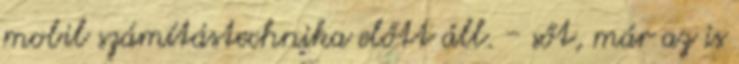
mobil számítástechnika előtt áll. - sőt, már az is